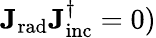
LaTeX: \mathbf{J_{\mathrm{{rad}}}}\mathbf{J_{\mathrm{{inc}}}^{\dagger}}=0)